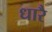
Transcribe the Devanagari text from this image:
धारै